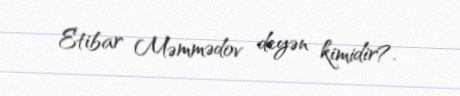
Etibar Məmmədov deyən kimidir?.